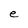
Character: e